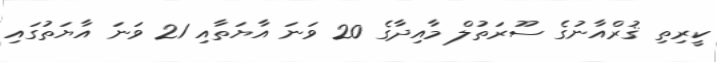
ކީރިތި ޤުރްއާނުގެ ސޫރަތުލް މާއިދާގެ 20 ވަނަ އާޔަތާއި 21 ވަނަ އާޔަތުގައި